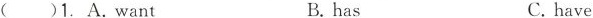
( )1.A.want B.has C.have